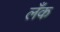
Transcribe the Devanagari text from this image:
लँक